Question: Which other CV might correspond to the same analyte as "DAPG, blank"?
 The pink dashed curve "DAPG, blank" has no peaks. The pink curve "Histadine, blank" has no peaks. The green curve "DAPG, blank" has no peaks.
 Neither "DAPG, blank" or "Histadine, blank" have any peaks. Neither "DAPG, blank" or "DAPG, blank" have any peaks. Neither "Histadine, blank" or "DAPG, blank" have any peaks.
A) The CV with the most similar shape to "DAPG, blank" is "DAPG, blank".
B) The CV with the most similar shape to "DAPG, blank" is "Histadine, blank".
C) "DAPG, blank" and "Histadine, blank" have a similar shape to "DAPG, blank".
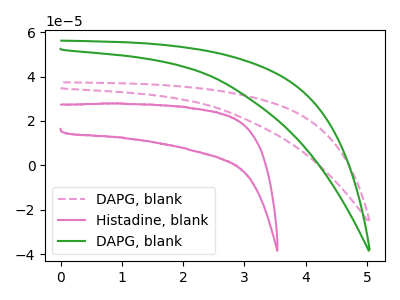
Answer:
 <answer>C) "DAPG, blank" and "Histadine, blank" have a similar shape to "DAPG, blank".</answer>
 <eval>C</eval>